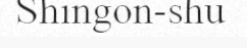
Shingon-shu